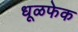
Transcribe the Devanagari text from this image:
धूळफेक